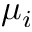
\mu _ { i }